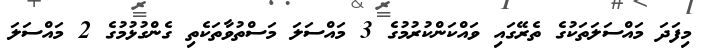
މިފަދަ މައްސަލަތަކުގެ ތެރޭގައި ވައްކަންކުރުމުގެ 3 މައްސަލަ މަސްތުވާތަކެތި ގެންގުޅުމުގެ 2 މައްސަލަ